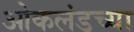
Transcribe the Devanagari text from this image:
ओकलंडच्या